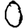
Digit: 0